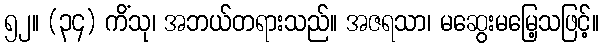
၅၂။ (၃၄) ကိံသု၊ အဘယ်တရားသည်။ အဇရသာ၊ မဆွေးမမြေ့သဖြင့်။